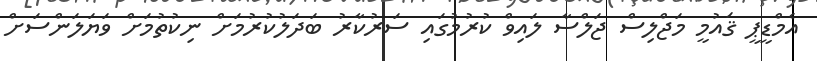
އެމްޑީޕީ ޤައުމީ މަޖްލިސް ޖަލްސާ ލައިވް ކުރުމުގައި ސަރުކާރު ބަދަލުކުރުމަށް ނިކުތުމަށް ވަޔަލަންސަށް